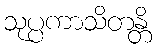
သုပ္ပကာသိတန္တိ